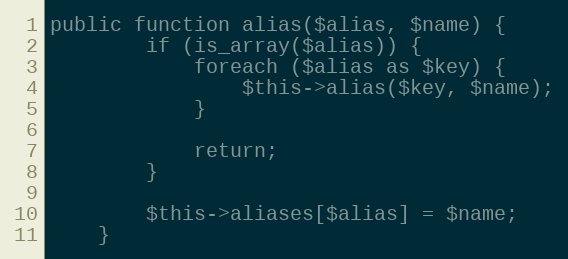
Language: PHP
public function alias($alias, $name) {
		if (is_array($alias)) {
			foreach ($alias as $key) {
				$this->alias($key, $name);
			}

			return;
		}

		$this->aliases[$alias] = $name;
	}